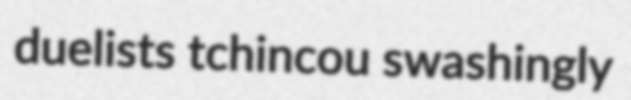
duelists tchincou swashingly